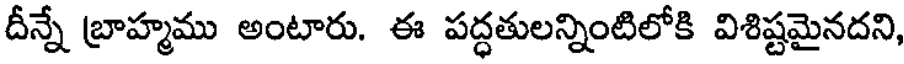
దీన్నే బ్రాహ్మము అంటారు. ఈ పద్ధతులన్నింటిలోకి విశిష్టమైనదని,